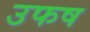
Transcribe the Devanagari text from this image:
उफष